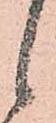
候